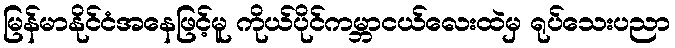
မြန်မာနိုင်ငံအနေဖြင့်မူ ကိုယ်ပိုင်ကမ္ဘာငယ်လေးထဲမှ ရုပ်သေးပညာ